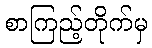
စာကြည့်တိုက်မှ